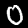
Label: 0